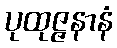
ပုထုဇ္ဇနာနံ